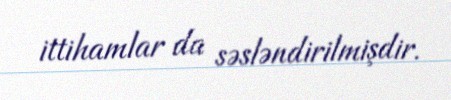
ittihamlar da səsləndirilmişdir.